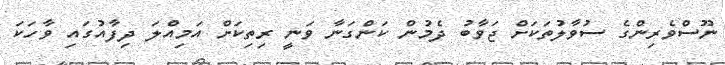
ނޫސްވެރިންގެ ސުވާލުތަކަށް ޖަވާބު ދެމުން ކަންގަނާ ވަނީ ރިތިކަށް އަމިއްލަ ދިފާއުގައި ވާހަކަ